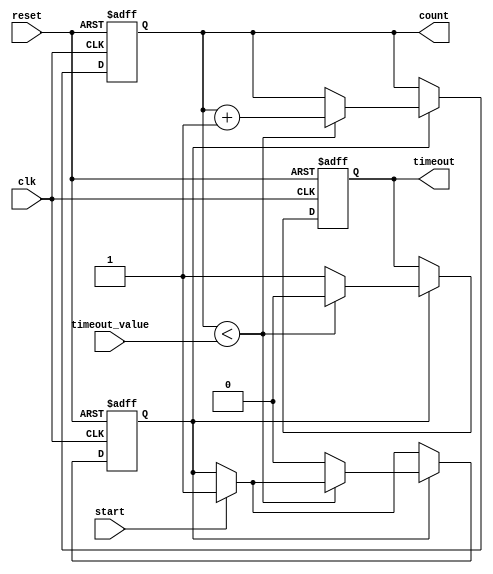
module timeout_counter #(
    parameter COUNTER_WIDTH = 8  // Parameter to define the width of the counter
)(
    input wire clk,                // Clock input
    input wire reset,              // Asynchronous active-high reset
    input wire start,              // Active-high signal to start counting
    input wire [COUNTER_WIDTH-1:0] timeout_value, // Parameterized timeout value
    output reg timeout,            // Active-high timeout signal
    output reg [COUNTER_WIDTH-1:0] count // Current count value
);

    // State to indicate if counting is active
    reg counting;

    // Synchronous reset and counting logic
    always @(posedge clk or posedge reset) begin
        if (reset) begin
            count <= 0;             // Reset count to zero
            timeout <= 0;           // Reset timeout signal
            counting <= 0;          // Reset counting state
        end else begin
            if (start) begin
                counting <= 1;       // Start counting when start signal is high
            end
            
            if (counting) begin
                if (count < timeout_value) begin
                    count <= count + 1; // Increment count
                    timeout <= 0;       // Keep timeout low while counting
                end else begin
                    timeout <= 1;       // Set timeout signal high when limit reached
                    counting <= 0;      // Stop counting
                end
            end
        end
    end

endmodule